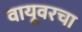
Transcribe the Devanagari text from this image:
वायूवरचा